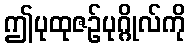
ဤပုထုဇဉ်ပုဂ္ဂိုလ်ကို